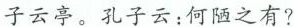
子云亭。孔子云：何陋之有?